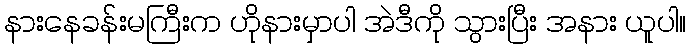
နားနေခန်းမကြီးက ဟိုနားမှာပါ အဲဒီကို သွားပြီး အနား ယူပါ။